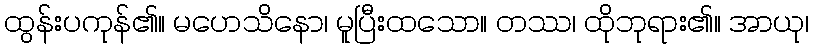
ထွန်းပကုန်၏။ မဟေသိနော၊ မူပြီးထသော။ တဿ၊ ထိုဘုရား၏။ အာယု၊